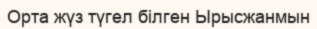
Орта жүз түгел білген Ырысжанмын